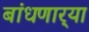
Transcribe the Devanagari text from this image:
बांधणार्‍या